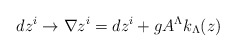
\begin{align*}dz^i \rightarrow \nabla z^i=dz^i + g A^\Lambda k_\Lambda (z)\end{align*}